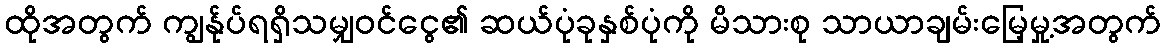
ထိုအတွက် ကျွန်ုပ်ရရှိသမျှဝင်ငွေ၏ ဆယ်ပုံခုနှစ်ပုံကို မိသားစု သာယာချမ်းမြေ့မှု့အတွက်